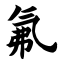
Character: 氟